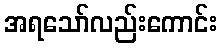
အရသော်လည်းကောင်း